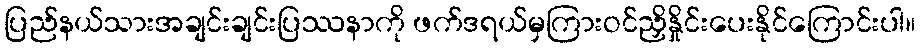
ပြည်နယ်သားအချင်းချင်းပြဿနာကို ဖက်ဒရယ်မှကြားဝင်ညှိနှိုင်းပေးနိုင်ကြောင်းပါ။